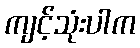
ကျင့်သုံးပါက